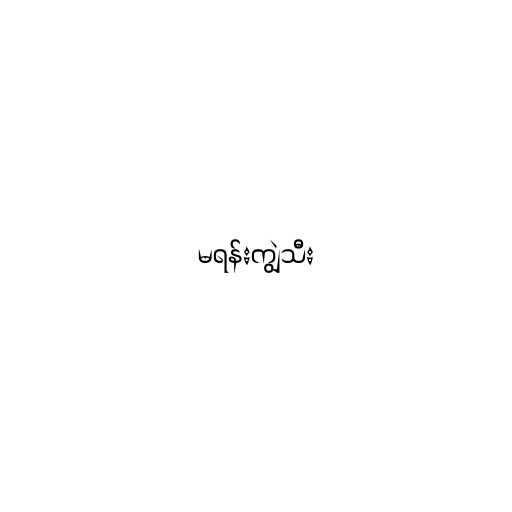
မရန်းကျွဲသီး